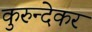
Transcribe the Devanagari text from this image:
कुरुन्देकर